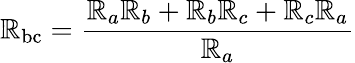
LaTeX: \mathbb{R}_{\mathrm{{bc}}}={\frac{{\mathbb{R}_{a}\mathbb{R}_{b}+\mathbb{R}_{b}\mathbb{R}_{c}+\mathbb{R}_{c}\mathbb{R}_{a}}}{{\mathbb{R}_{a}}}}